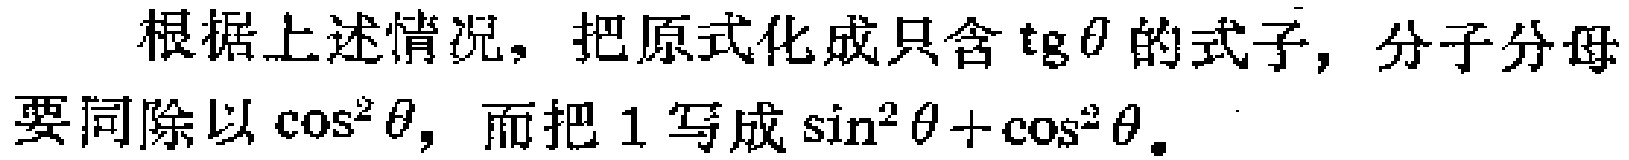
根据上述情况，把原式化成只含\(\mathrm{tg}\theta\)的式子，分子分母要同除以\(\cos^{2}\theta\)，而把\(1\)写成\(\sin^{2}\theta+\cos^{2}\theta\)。